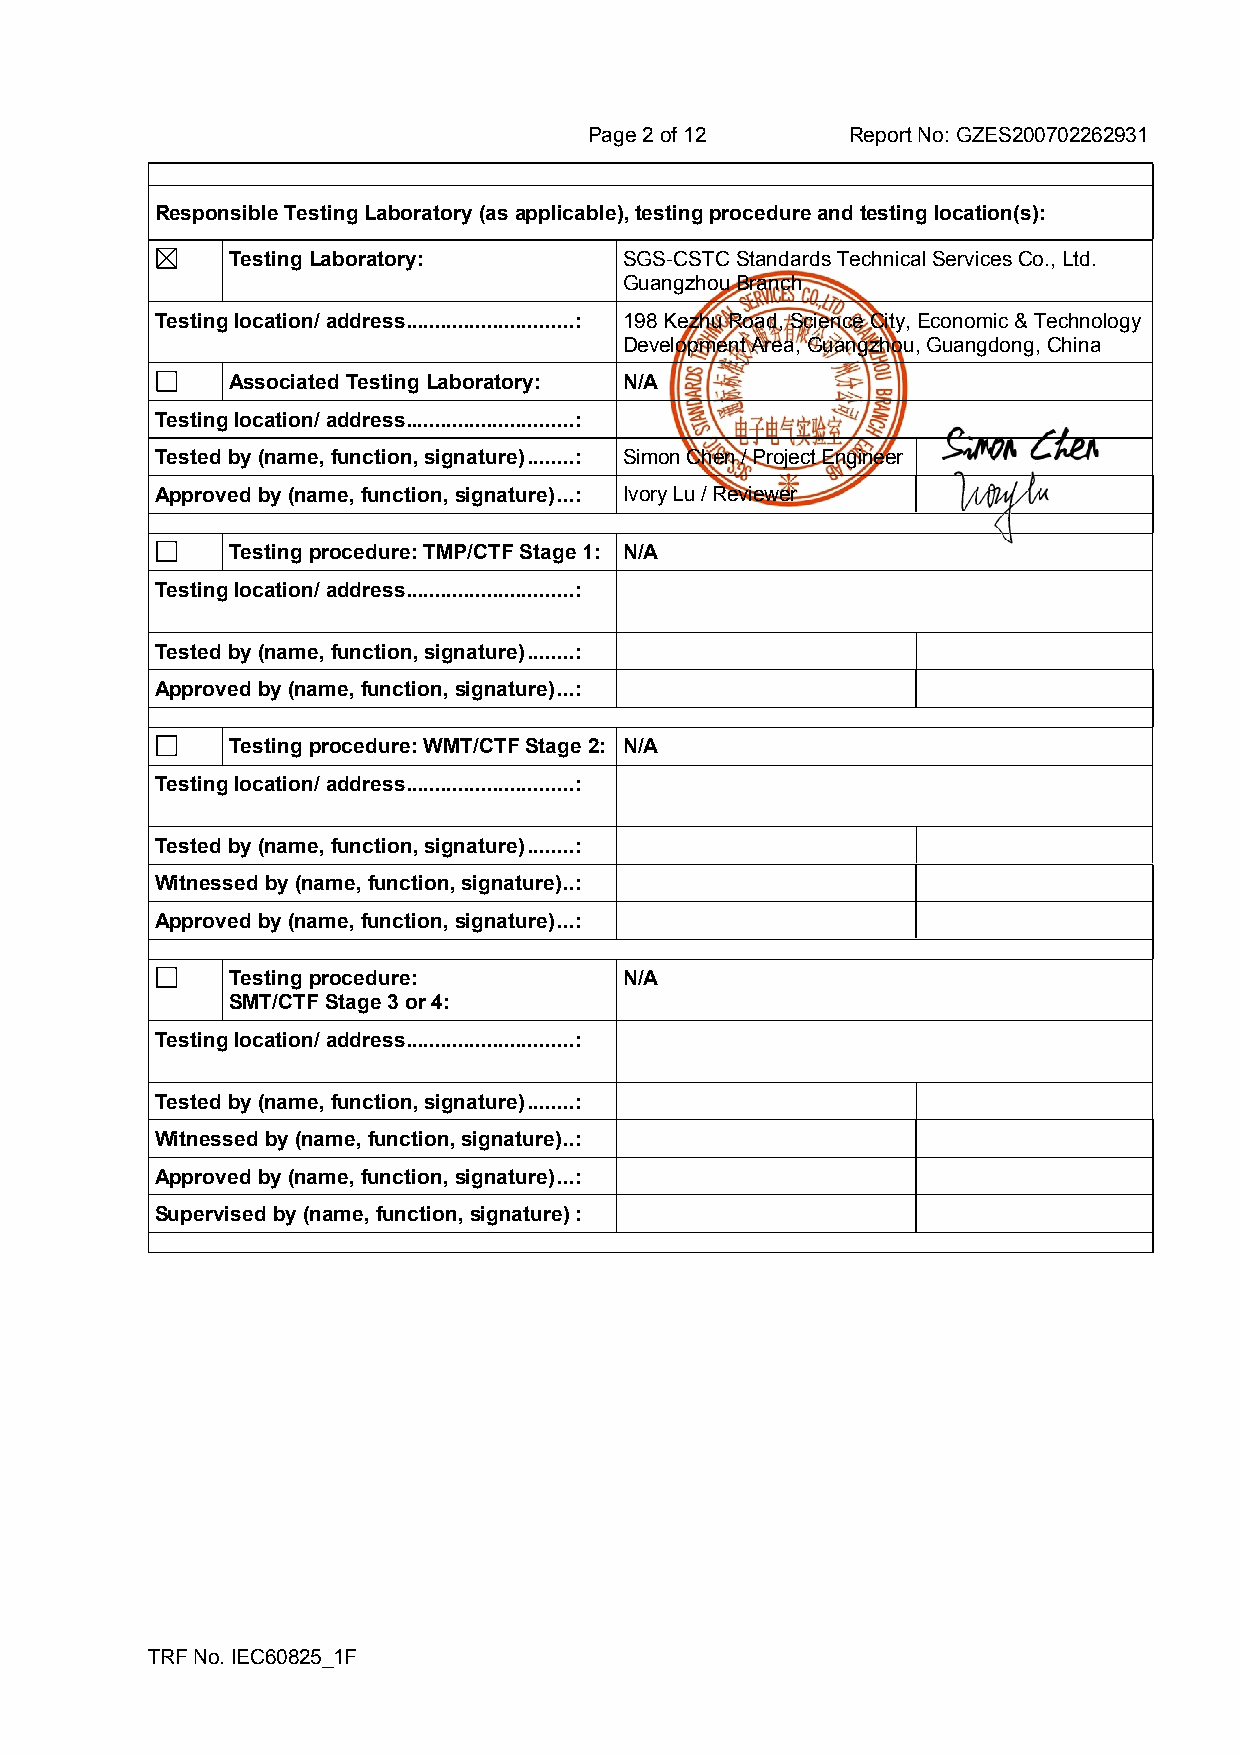
Page 2 of 12     Report No: GZES200702262931
 Responsible Testing Laboratory (as applicable), testing procedure and testing location(s):
 Testing Laboratory:       SGS-CSTC Standards Technical Services Co., Ltd.
 Guangzhou Branch
 Testing location/ address.............................: 198 Kezhu Road, Science City, Economic & Technology
 Development Area, Guangzhou, Guangdong, China
 Associated Testing Laboratory: N/A
 Testing location/ address.............................:
 Tested by (name, function, signature)........: Simon Chen / Project Engineer
 Approved by (name, function, signature)...: Ivory Lu / Reviewer
 Testing procedure: TMP/CTF Stage 1: N/A
 Testing location/ address.............................:
 Tested by (name, function, signature)........:
 Approved by (name, function, signature)...:
 Testing procedure: WMT/CTF Stage 2: N/A
 Testing location/ address.............................:
 Tested by (name, function, signature)........:
 Witnessed by (name, function, signature)..:
 Approved by (name, function, signature)...:
 Testing procedure:        N/A
 SMT/CTF Stage 3 or 4:
 Testing location/ address.............................:
 Tested by (name, function, signature)........:
 Witnessed by (name, function, signature)..:
 Approved by (name, function, signature)...:
 Supervised by (name, function, signature):
 TRF No. IEC60825_1F